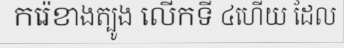
ករ៉េខាងត្បូង លើកទី ៤ហើយ ដែល